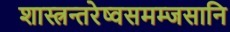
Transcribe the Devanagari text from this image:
शास्त्रन्तरेष्वसमम्जसानि